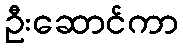
ဦးဆောင်ကာ